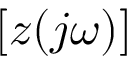
\left[ z ( j \omega ) \right]